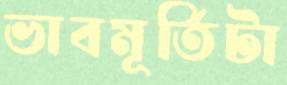
ভাবমূর্তিটা